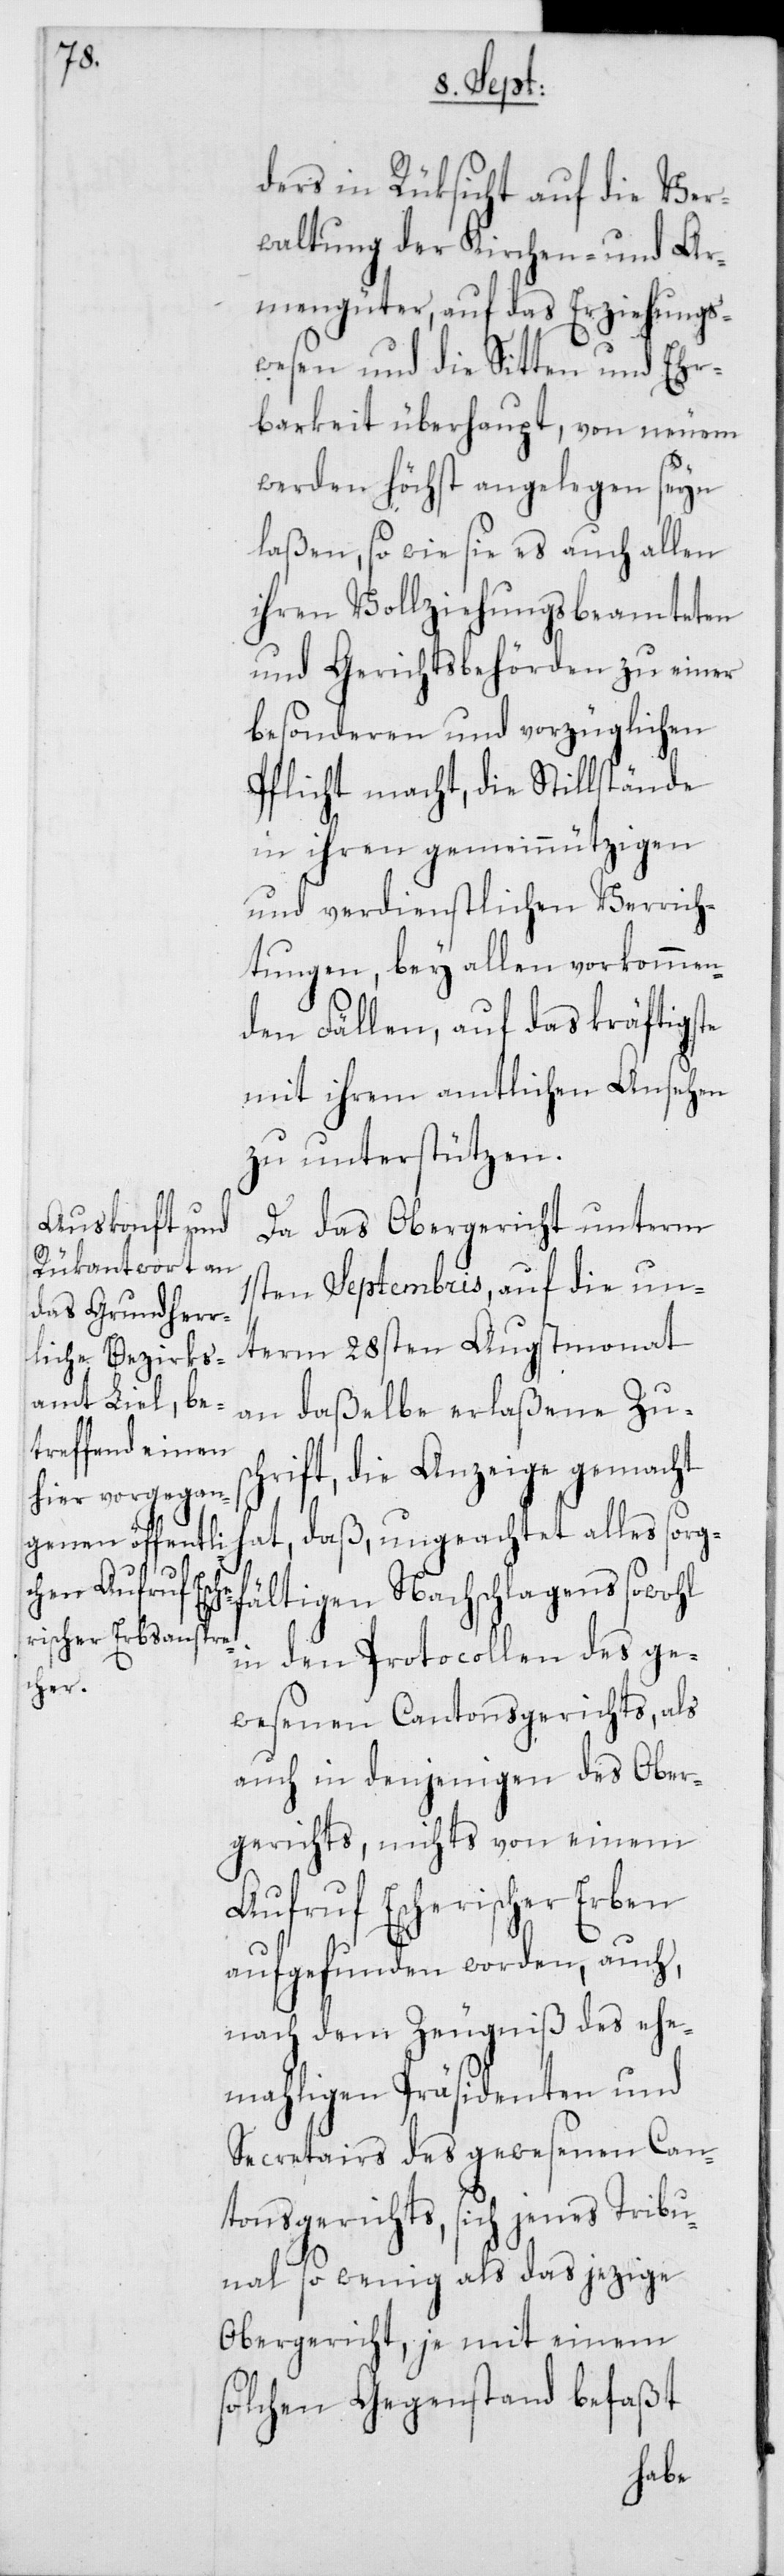
ders in Rücksicht auf die Ver¬
waltung der Kirchen- und Ar¬
mengüter, auf das Erziehungs¬
wesen und die Sitten und Ehr¬
barkeit überhaupt, von neuem
werden höchst angelegen seyn
laßen, so wie es auch allen
ihren Vollziehungsbeamteten
und Gerichtsbehörden zu einer
besonderen und vorzüglichen
Pflicht macht, die Stillstände
in ihren gemeinnützigen
und verdienstlichen Verrich¬
tungen, bey allen vorkommen¬
den Fällen, auf das kräftigste
mit ihrem amtlichen Ansehen
zu unterstützen.
Da das Obergericht unterm
1sten Septembris, auf die un¬
term 28sten Augstmonat
an daßelbe erlaßene Zus¬
chrift, die Anzeige gemacht
hat, daß, ungeachtet alles sorg¬
fältigen Nachschlagens sowohl
in den Protocollen des ge¬
wesenen Cantonsgerichts, als
auch in denjenigen des Ober¬
gerichts, nichts von einem
Aufruf Escherischer Erben
aufgefunden worden, auch,
nach dem Zeugniß des ehe¬
mahligen Präsidenten und
Secretairs des gewesenen Can¬
tonsgerichts, sich jenes Tribu¬
nal so wenig als das jezige
Obergericht, je mit einem
solchen Gegenstand befaßt